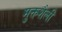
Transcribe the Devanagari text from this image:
मुक्तशैली